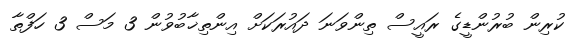
ކުރިން ބުރުންޑީގެ ރައީސް ތިންވަނަ ދައުރަކަށް އިންތިޚާބުވުން 3 މަސް 3 ހަފްތާ